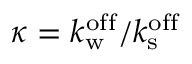
\kappa = k _ { \mathrm { w } } ^ { \mathrm { o f f } } / k _ { \mathrm { s } } ^ { \mathrm { o f f } }